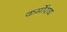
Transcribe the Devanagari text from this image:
कर्मोराद्य